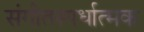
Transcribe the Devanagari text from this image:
संगीतस्पर्धात्मक